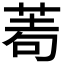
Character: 𦰶